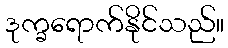
ဒုက္ခရောက်နိုင်သည်။